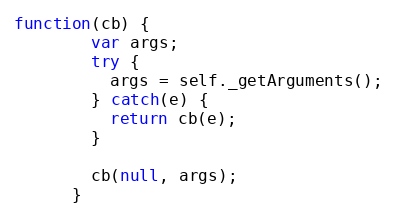
Language: JavaScript
function(cb) {
        var args;
        try {
          args = self._getArguments();
        } catch(e) {
          return cb(e);
        }

        cb(null, args);
      }